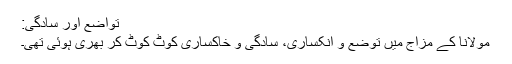
تواضع اور سادگی:
مولانا کے مزاج میں توضع و انکساری، سادگی و خاکساری کوٹ کوٹ کر بھری ہوئی تھی۔